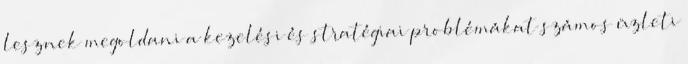
lesznek megoldani a kezelési és stratégiai problémákat számos üzleti